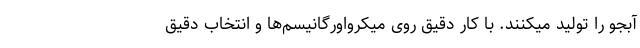
آبجو را تولید میکنند. با کار دقیق روی میکرواورگانیسم‌ها و انتخاب دقیق